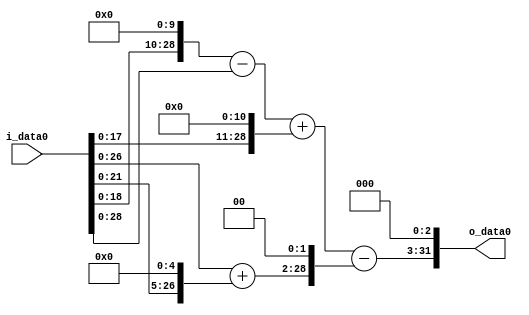
module multiplier_block (
    i_data0,
    o_data0
);

  // Port mode declarations:
  input   [31:0] i_data0;
  output  [31:0]
    o_data0;

  //Multipliers:

  wire [31:0]
    w1,
    w1024,
    w1023,
    w2048,
    w3071,
    w32,
    w33,
    w132,
    w2939,
    w23512;

  assign w1 = i_data0;
  assign w1023 = w1024 - w1;
  assign w1024 = w1 << 10;
  assign w132 = w33 << 2;
  assign w2048 = w1 << 11;
  assign w23512 = w2939 << 3;
  assign w2939 = w3071 - w132;
  assign w3071 = w1023 + w2048;
  assign w32 = w1 << 5;
  assign w33 = w1 + w32;

  assign o_data0 = w23512;

  //multiplier_block area estimate = 6153.83997047941;
endmodule